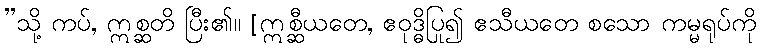
”သို့ ကပ်, ဣစ္ဆတိ ပြီး၏။ [ဣစ္ဆီယတေ, ဧဝုဒ္ဓိပြု၍ ဧသီယတေ စသော ကမ္မရုပ်ကို